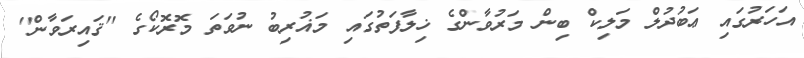
އަހަރުގައި ޢަބުދުލް މަލިކް ބިން މަރުވާންގެ ޚިލާފަތުގައި މަޣުރިބު ނުވަތަ މޮރޮކޯގެ ''ޤައިރަވާން''